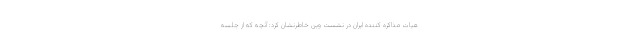
هیات مذاکره کننده ایران در نشست وین خاطرنشان کرد: آنچه که از جلسه